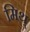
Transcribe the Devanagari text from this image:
मिथ्